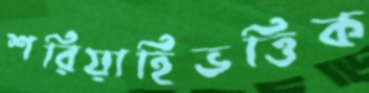
শরিয়াহিভত্তিক